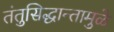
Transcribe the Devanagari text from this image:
तंतुसिद्धान्तामुळे